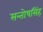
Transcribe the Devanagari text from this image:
सन्तोषसिंह